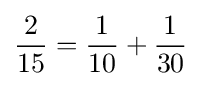
{\frac {2}{15}}={\frac {1}{10}}+{\frac {1}{30}}